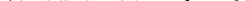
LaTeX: \smash{\ensuremath{D_{s}}=0}